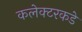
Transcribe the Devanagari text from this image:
कलेक्टरकडे